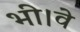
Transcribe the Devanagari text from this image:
भी।वे